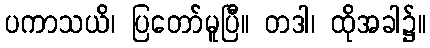
ပကာသယိ၊ ပြတော်မူပြီ။ တဒါ၊ ထိုအခါ၌။